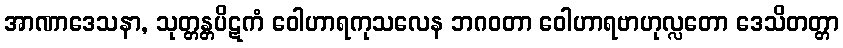
အာဏာဒေသနာ, သုတ္တန္တပိဋကံ ဝေါဟာရကုသလေန ဘဂဝတာ ဝေါဟာရဗာဟုလ္လတော ဒေသိတတ္တာ